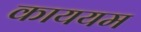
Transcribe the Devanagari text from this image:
काययम